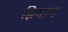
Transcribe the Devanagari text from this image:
ह्रिधान